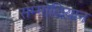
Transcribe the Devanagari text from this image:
सेम्मोऴियान